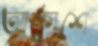
আকাশে